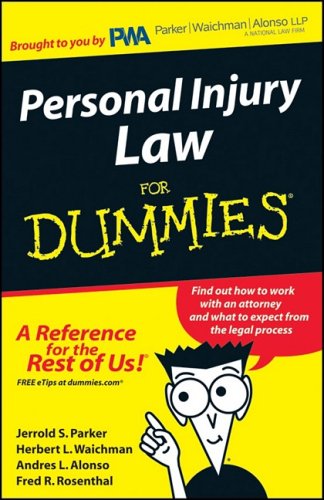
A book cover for Personal Injury Law for DUMMIES; F Herbert L. Waichman Andres F. Alonso; Law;